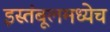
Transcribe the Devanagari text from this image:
इस्तंबूलमध्येच